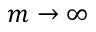
m \rightarrow \infty